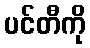
ပင်တီကို